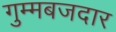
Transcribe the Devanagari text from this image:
गुम्मबजदार